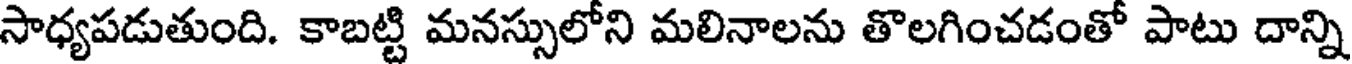
సాధ్యపడుతుంది. కాబట్టి మనస్సులోని మలినాలను తొలగించడంతో పాటు దాన్ని